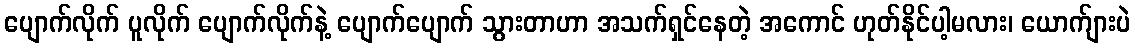
ပျောက်လိုက် ပူလိုက် ပျောက်လိုက်နဲ့ ပျောက်ပျောက် သွားတာဟာ အသက်ရှင်နေတဲ့ အကောင် ဟုတ်နိုင်ပါ့မလား၊ ယောက်ျားပဲ